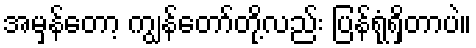
အမှန်တော့ ကျွန်တော်တို့လည်း ပြန်ရုံရှိတာပဲ။